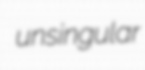
unsingular